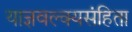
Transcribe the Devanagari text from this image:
याज्ञवल्क्यसंहिता